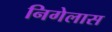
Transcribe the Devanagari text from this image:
निगेलास